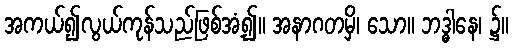
အကယ်၍လွယ်ကုန်သည်ဖြစ်အံ့၍။ အနာဂတမှိ၊ သော။ ဘဒ္ဓါနေ၊ ၌။